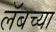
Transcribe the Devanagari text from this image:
लॅबच्या